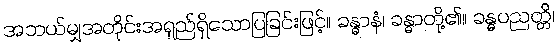
အဘယ်မျှအတိုင်းအရှည်ရှိသောပြခြင်းဖြင့်။ ခန္ဓာနံ၊ ခန္ဓာတို့၏။ ခန္ဓပညတ္တိ၊